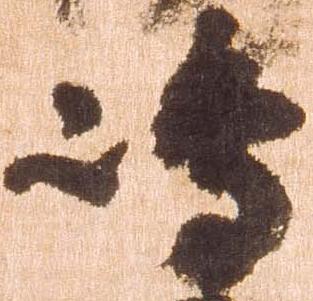
嶋